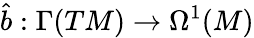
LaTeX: \hat{b}:\Gamma(TM)\to\Omega^{1}(M)